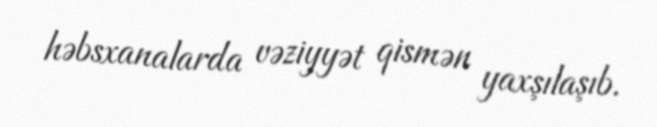
həbsxanalarda vəziyyət qismən yaxşılaşıb.